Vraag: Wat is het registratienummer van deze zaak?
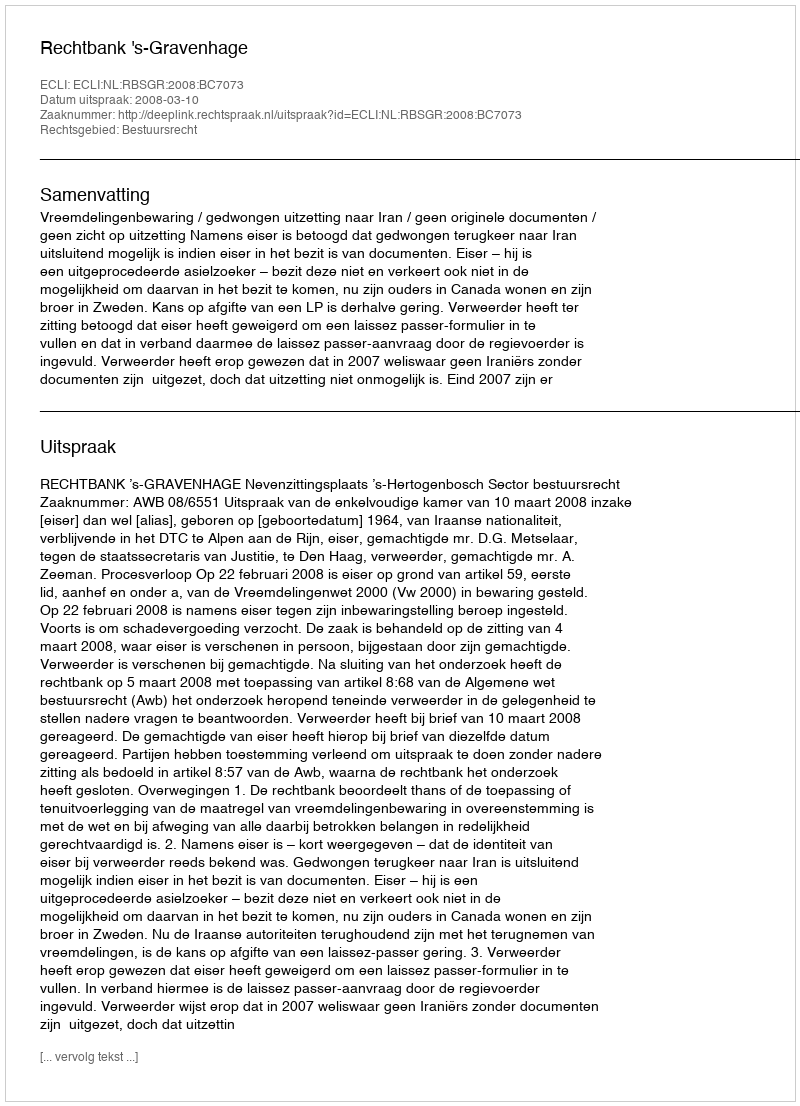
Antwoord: http://deeplink.rechtspraak.nl/uitspraak?id=ECLI:NL:RBSGR:2008:BC7073